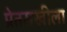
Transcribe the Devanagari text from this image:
प्रेतसखीला